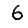
Digit: 6